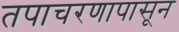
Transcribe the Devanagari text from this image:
तपाचरणापासून